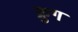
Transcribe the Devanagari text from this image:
क्रुग